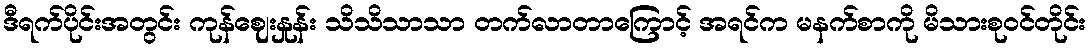
ဒီရက်ပိုင်းအတွင်း ကုန်ဈေးနှုန်း သိသိသာသာ တက်လာတာကြောင့် အရင်က မနက်စာကို မိသားစုဝင်တိုင်း